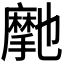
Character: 𭢽